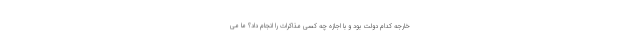
خارجه کدام دولت بود و با اجازه چه کسی مذاکرات را انجام داد؟ ما می